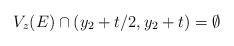
LaTeX: \begin{align*} V_z(E)\cap (y_2+t/2,y_2+t)=\emptyset \end{align*}